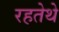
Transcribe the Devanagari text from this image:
रहतेथे